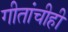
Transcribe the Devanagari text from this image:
गीतांचीही